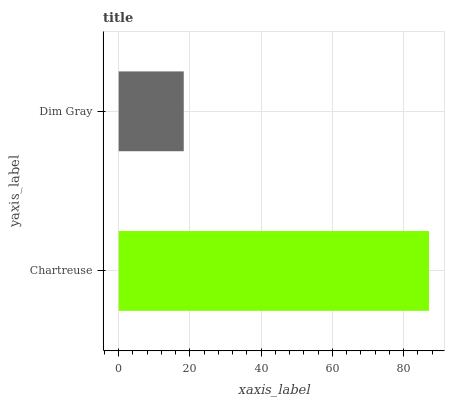
| yaxis_label | bars |
 | --- | --- |
 | Chartreuse | 87.1 |
 | Dim Gray | 18.3 |